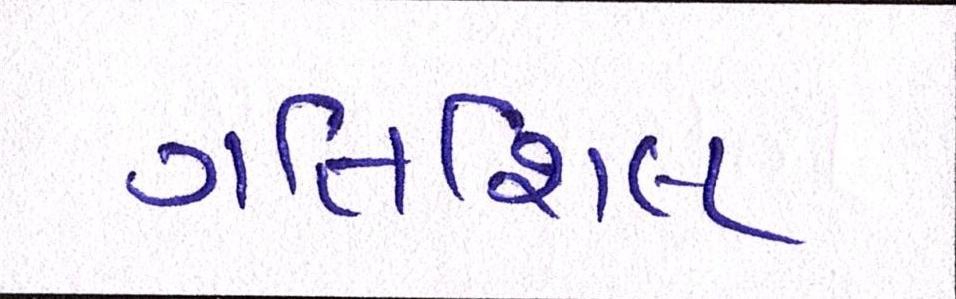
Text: ગતિશિલ